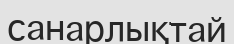
санарлықтай